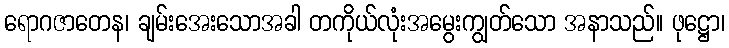
ရောဂဇာတေန၊ ချမ်းအေးသောအခါ တကိုယ်လုံးအမွေးကျွတ်သော အနာသည်။ ဖုဋ္ဌော၊